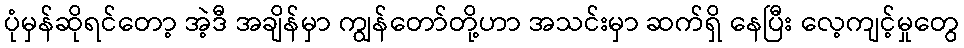
ပုံမှန်ဆိုရင်တော့ အဲ့ဒီ အချိန်မှာ ကျွန်တော်တို့ဟာ အသင်းမှာ ဆက်ရှိ နေပြီး လေ့ကျင့်မှုတွေ